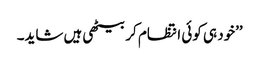
’’خود ہی کوئی انتظام کر بیٹھی ہیں شاید۔